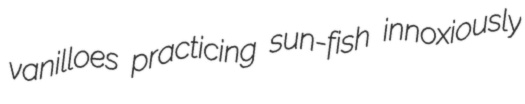
vanilloes practicing sun-fish innoxiously